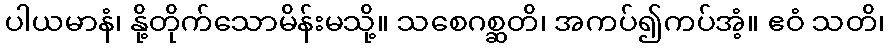
ပါယမာနံ၊ နို့တိုက်သောမိန်းမသို့။ သစေဂစ္ဆတိ၊ အကပ်၍ကပ်အံ့။ ဧဝံ သတိ၊